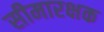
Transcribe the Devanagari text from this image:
सीमारक्षक